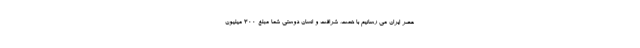
عصر ایران می رسانیم با همت، شرافت و انسان دوستی شما مبلغ 300 میلیون